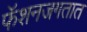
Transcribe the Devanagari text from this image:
फॅशनजगतात